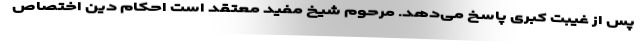
پس از غیبت کبری پاسخ می‌دهد. مرحوم شیخ مفید معتقد است احکام دین اختصاص